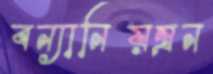
বন্যানিয়ন্ত্রন